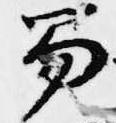
笏